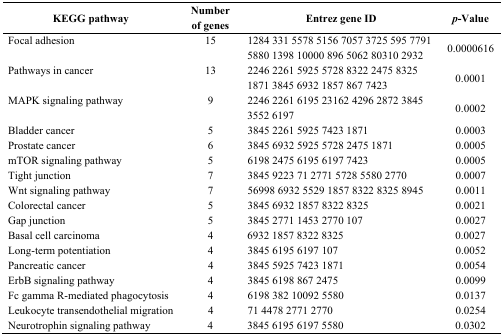
<table><thead><tr><td><b>KEGG pathway</b></td><td><b>Number of genes</b></td><td><b>Entrez gene ID</b></td><td><b><i>p</i>-Value</b></td></tr></thead><tbody><tr><td>Focal adhesion</td><td>15</td><td>1284 331 5578 5156 7057 3725 595 7791 5880 1398 10000 896 5062 80310 2932</td><td>0.0000616</td></tr><tr><td>Pathways in cancer</td><td>13</td><td>2246 2261 5925 5728 8322 2475 8325 1871 3845 6932 1857 867 7423</td><td>0.0001</td></tr><tr><td>MAPK signaling pathway</td><td>9</td><td>2246 2261 6195 23162 4296 2872 3845 3552 6197</td><td>0.0002</td></tr><tr><td>Bladder cancer</td><td>5</td><td>3845 2261 5925 7423 1871</td><td>0.0003</td></tr><tr><td>Prostate cancer</td><td>6</td><td>3845 6932 5925 5728 2475 1871</td><td>0.0005</td></tr><tr><td>mTOR signaling pathway</td><td>5</td><td>6198 2475 6195 6197 7423</td><td>0.0005</td></tr><tr><td>Tight junction</td><td>7</td><td>3845 9223 71 2771 5728 5580 2770</td><td>0.0007</td></tr><tr><td>Wnt signaling pathway</td><td>7</td><td>56998 6932 5529 1857 8322 8325 8945</td><td>0.0011</td></tr><tr><td>Colorectal cancer</td><td>5</td><td>3845 6932 1857 8322 8325</td><td>0.0021</td></tr><tr><td>Gap junction</td><td>5</td><td>3845 2771 1453 2770 107</td><td>0.0027</td></tr><tr><td>Basal cell carcinoma</td><td>4</td><td>6932 1857 8322 8325</td><td>0.0027</td></tr><tr><td>Long-term potentiation</td><td>4</td><td>3845 6195 6197 107</td><td>0.0052</td></tr><tr><td>Pancreatic cancer</td><td>4</td><td>3845 5925 7423 1871</td><td>0.0054</td></tr><tr><td>ErbB signaling pathway</td><td>4</td><td>3845 6198 867 2475</td><td>0.0099</td></tr><tr><td>Fc gamma R-mediated phagocytosis</td><td>4</td><td>6198 382 10092 5580</td><td>0.0137</td></tr><tr><td>Leukocyte transendothelial migration</td><td>4</td><td>71 4478 2771 2770</td><td>0.0254</td></tr><tr><td>Neurotrophin signaling pathway</td><td>4</td><td>3845 6195 6197 5580</td><td>0.0302</td></tr></tbody></table>